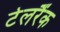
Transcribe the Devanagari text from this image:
टेलरैंक